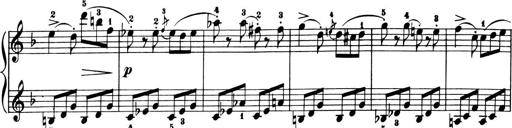
Title: 6 Piano Sonatinas
Composer: Cornelius Gurlitt